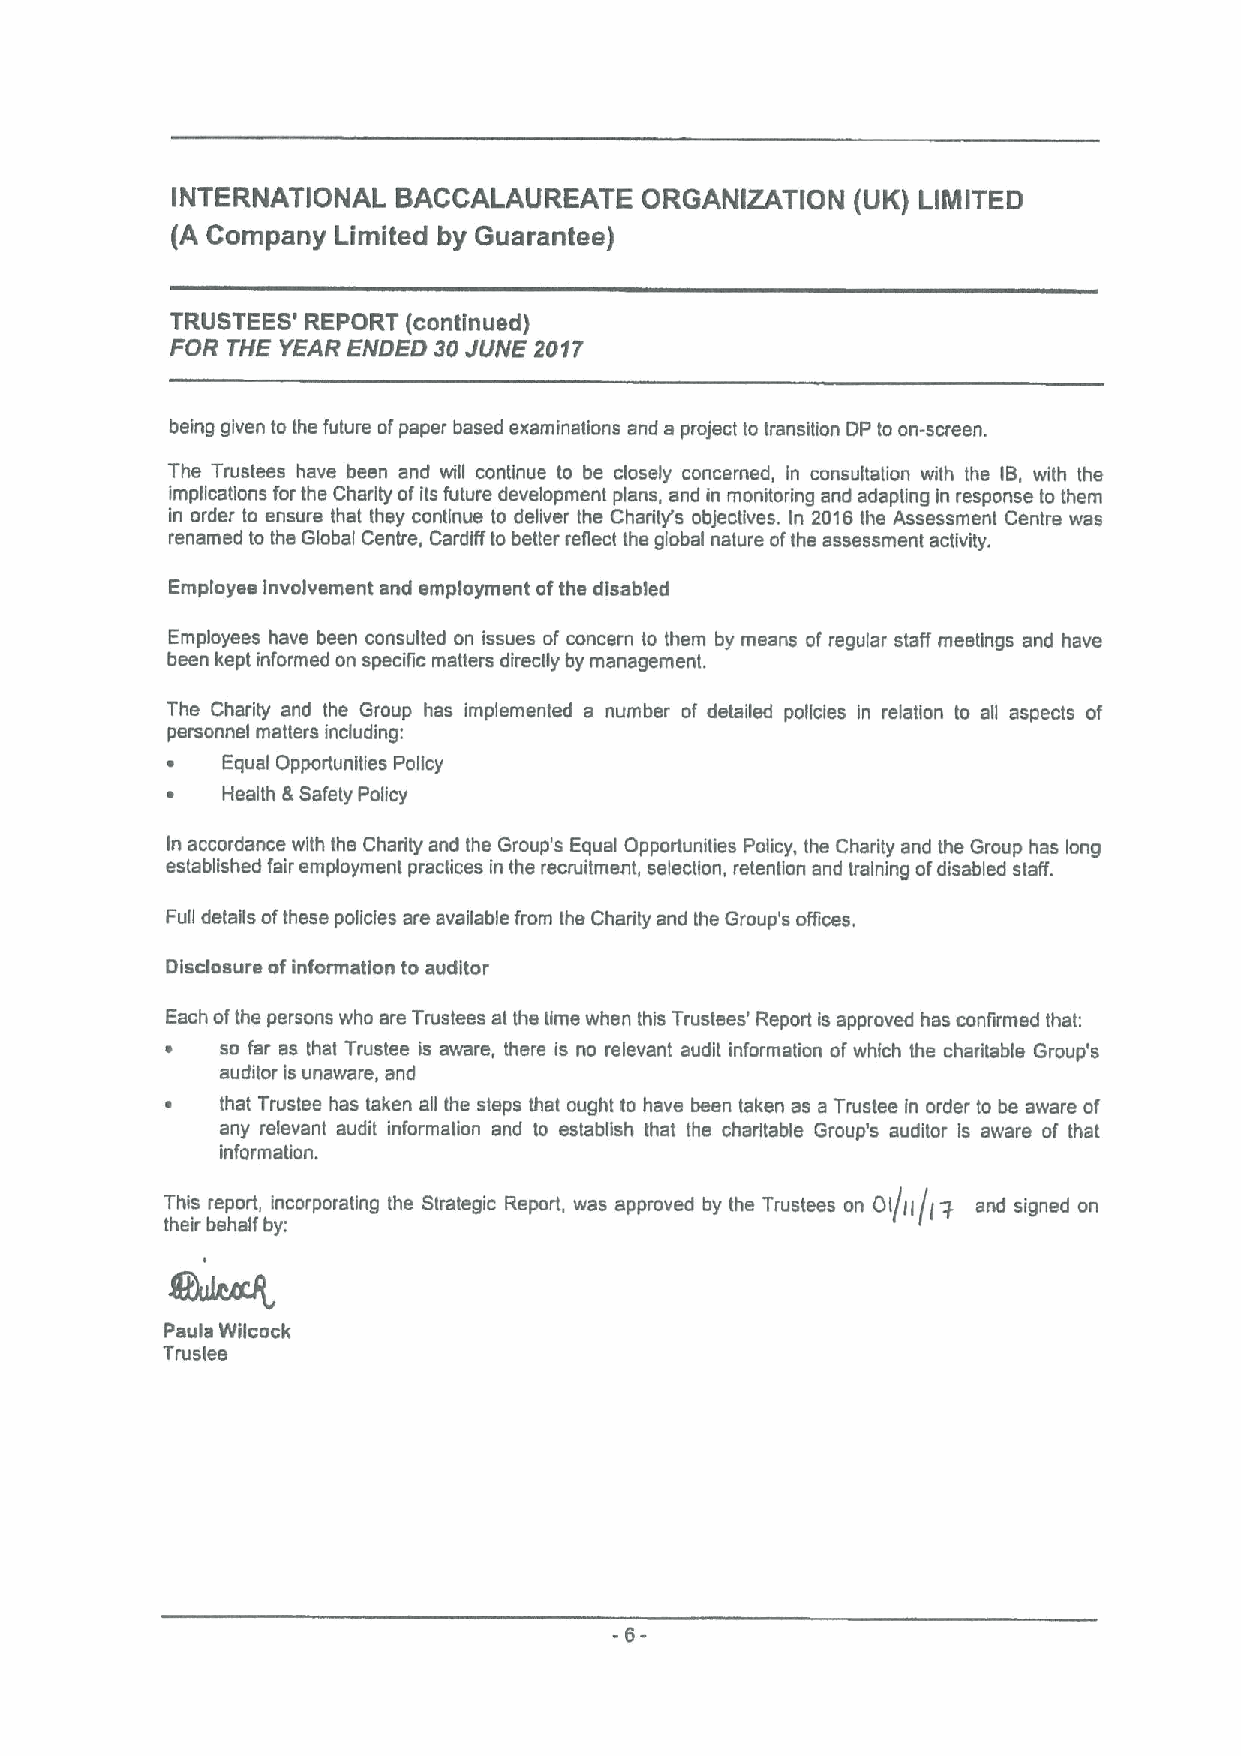
INTERNATIONAL  BACCALAUREATE   ORGANIZATION   (UK) LIMITED
 (A Company Limited by Guarantee)
 TRUSTEES' REPORT (continued)
 FOR THE YEAR ENOEO 30JUNE 2017
 being given to the future ofpaper based examinations and a project to transition OP to on-screen.
 The Trustees have been and will continue to be closely concerned, in consultation with the IB, with the
 implications for ths Charity ofits future development plans, and in monitoring and adapting in response lo them
 in order to ensure ihat they continue to deliver lhe Charity's objectives. In 2616the Assessment Centre was
 renamed to the Global Centre, Cardiff to betler reflect the global nature ofthe assessmenl activity.
 Employee Involvement and employment ofthe disabled
 Employees have been consulted on issues of concern to them by means of regular staff meetings and have
 been kept informed on specific matters directly by management.
 The Charity and the Group has implemented a number of detailed policies in relation to all aspects of
 personnel matters including:
 ~   Equal Opportunities Policy
 ~   Health &Safety Policy
 In accordance with the Charity and the Group's Equal Opportunities Policy, the Charity and the Group has long
 established fair employment practices in the recruilment, selection, retention and training ofdisabled staff.
 Full details ofthese policies are available from the Charity and the Group's offices.
 Disclosure ofinformation to auditor
 Each ofthe persons who are Trustees at the time when this Trustees' Report is approved has confirmed that:
 s   so far as that Trustee is aware, there is no relevant audit information ofwhich the charitable Group's
 auditor isunaware, and
 ~   that Truslee has taken all the steps that ought to have been taken as a Trustee in order to be aware of
 any relevant audit information and to establish that ths charitable Group's audilor is aware of that
 information.
 This report, incorporating the Strategic Report, was approved by the Trustees on Ol/ll(l y and signed on
 their behalf by:
 Paula Wilcock
 Trustee
 6-